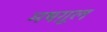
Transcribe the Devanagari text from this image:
मषग़ूल